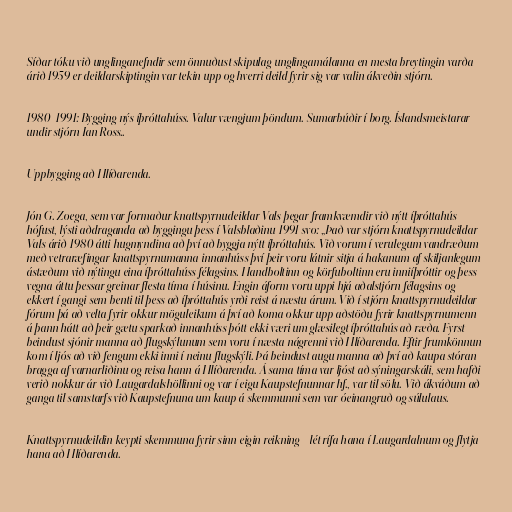
Síðar tóku við unglinganefndir sem önnuðust skipulag unglingamálanna en mesta breytingin varða
árið 1959 er deildarskiptingin var tekin upp og hverri deild fyrir sig var valin ákveðin stjórn.

1980-1991: Bygging nýs íþróttahúss. Valur vængjum þöndum. Sumarbúðir í borg. Íslandsmeistarar
undir stjórn Ian Ross..

Uppbygging að Hlíðarenda.

Jón G. Zoega, sem var formaður knattspyrnudeildar Vals þegar framkvæmdir við nýtt íþróttahús
hófust, lýsti aðdraganda að byggingu þess í Valsblaðinu 1991 svo: „Það var stjórn knattspyrnudeildar
Vals árið 1980 átti hugmyndina að því að byggja nýtt íþróttahús. Við vorum í verulegum vandræðum
með vetraræfingar knattspyrnumanna innanhúss því þeir voru látnir sitja á hakanum af skiljanlegum
ástæðum við nýtingu eina íþróttahúss félagsins. Handboltinn og körfuboltinn eru inniíþróttir og þess
vegna áttu þessar greinar flesta tíma í húsinu. Engin áform voru uppi hjá aðalstjórn félagsins og
ekkert í gangi sem benti til þess að íþróttahús yrði reist á næstu árum. Við í stjórn knattspyrnudeildar
fórum þá að velta fyrir okkur möguleikum á því að koma okkur upp aðstöðu fyrir knattspyrnumenn
á þann hátt að þeir gætu sparkað innanhúss þótt ekki væri um glæsilegt íþróttahús að ræða. Fyrst
beindust sjónir manna að flugskýlunum sem voru í næsta nágrenni við Hlíðarenda. Eftir frumkönnun
kom í ljós að við fengum ekki inni í neinu flugskýli. Þá beindust augu manna að því að kaupa stóran
bragga af varnarliðinu og reisa hann á Hlíðarenda. Á sama tíma var ljóst að sýningarskáli, sem hafði
verið nokkur ár við Laugardalshöllinni og var í eigu Kaupstefnunnar hf., var til sölu. Við ákváðum að
ganga til samstarfs við Kaupstefnuna um kaup á skemmunni sem var óeinangruð og súlulaus.

Knattspyrnudeildin keypti skemmuna fyrir sinn eigin reikning - lét rífa hana í Laugardalnum og flytja
hana að Hlíðarenda.